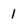
Character: 1